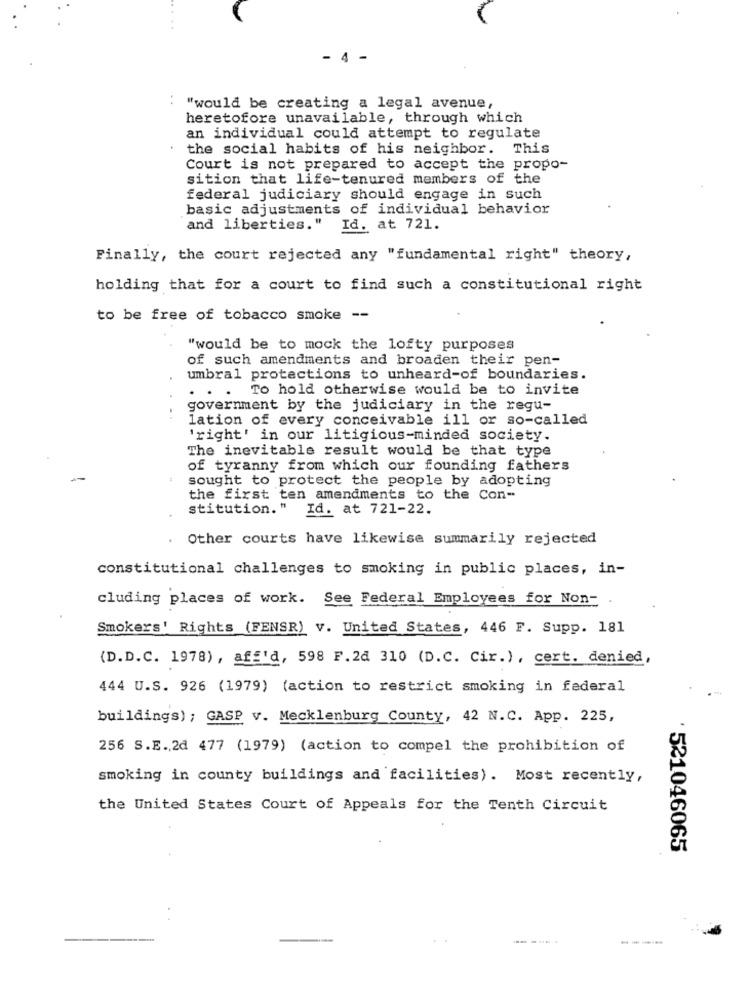
- 4 -
: "would be creating a legal avenue,
heretofore unavailable, through which
an individual could attempt to regulate
the social habits of his neighbor. T
This
Court is not prepared to accept the propo-
sition that life-tenured members of the
federal judiciary should engage in such
basic adjustments of individual behavior
and liberties."
Id. at 721.
Finally, the court rejected any "fundamental right" theory,
holding that for a court to find such a constitutional right
to be free of tobacco smoke --
"would be to mock the lofty purposes
of such amendments and broaden their pen-
umbral protections to unheard-of boundaries.
..
To hold otherwise would be to invite
.
government by the judiciary in the regu-
lation of every conceivable ill or so-called
'right' in our litigious-minded society.
The inevitable result would be that type
of tyranny from which our founding fathers
sought to protect the people by adopting
the first ten amendments to the Con-
stitution. "
Id. at 721-22.
Other courts have likewise summarily rejected
constitutional challenges to smoking in public places, in-
cluding places of work. See Federal Employees for Non-
Smokers' Rights (FENSR) V. United States, 446 F. Supp. 181
(D.D.C. 1978) , aff'd, 598 F.2d 310 (D.C. Cir.), cert. denied,
444 U.S. 926 (1979) (action to restrict smoking in federal
buildings) ; GASP v. Mecklenburg County, 42 N.C. App. 225,
256 S.E ., 2d 477 (1979) (action to compel the prohibition of
smoking in county buildings and facilities). Most recently,
the United States Court of Appeals for the Tenth Circuit
521046065